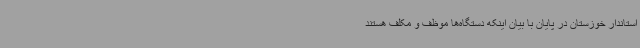
استاندار خوزستان در پایان با بیان اینکه دستگاه‌ها موظف و مکلف هستند